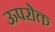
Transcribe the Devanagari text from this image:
ऊपरोक्त